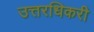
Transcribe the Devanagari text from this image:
उत्तरधिकरी